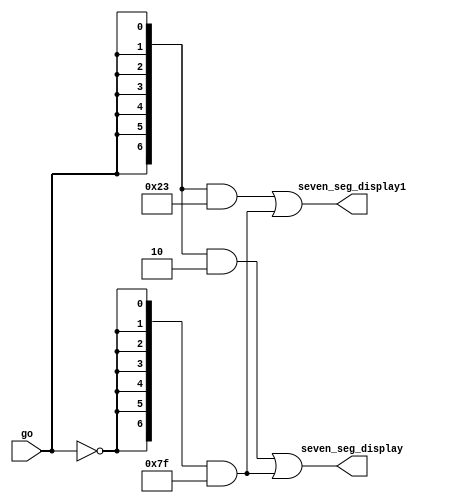
module Go_to_seven_segments (
	// Inputs
	go,

	// Outputs
	seven_seg_display,
  seven_seg_display1
);

/*****************************************************************************
 *                             Port Declarations                             *
 *****************************************************************************/
// Inputs
input		go;
// Outputs
output		[6:0]	seven_seg_display;
output		[6:0]	seven_seg_display1;


/*****************************************************************************
 *                            Combinational Logic                            *
 *****************************************************************************/

assign seven_seg_display =
		({7{(go == 1)}} & 7'b0000010) | //G
		({7{(go == 0)}} & 7'b1111111) ; //OFF

assign seven_seg_display1 = 
		({7{(go == 1)}} & 7'b0100011) | //o
		({7{(go == 0)}} & 7'b1111111) ; //OFF

endmodule